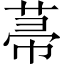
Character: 菷